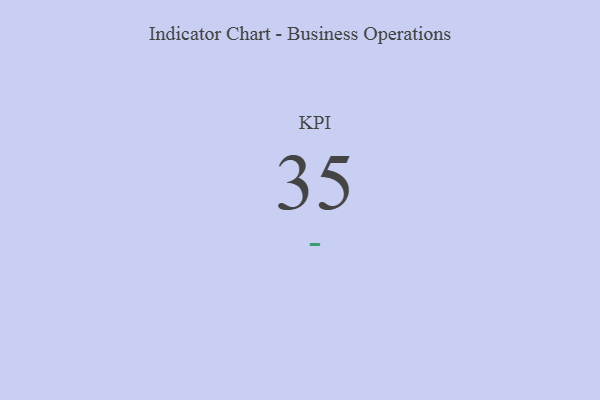
{"axis": {"x": "KPI", "y": "Value"}, "legend": [""], "data": [{"x": "KPI", "y": 35, "type": ""}]}